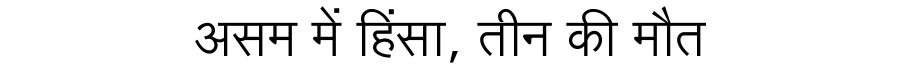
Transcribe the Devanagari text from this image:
असम में हिंसा, तीन की मौत